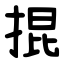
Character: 掍